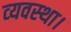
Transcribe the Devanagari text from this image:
व्‍यवस्‍था।